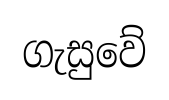
ගැසුවේ